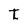
Character: t